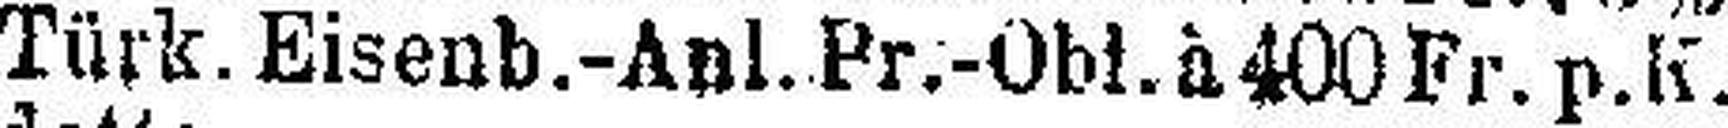
Türk. Eisenb.-Anl. Pr.-Obl. à 400 Fr. p.K.